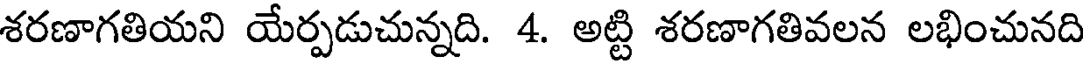
శరణాగతియని యేర్పడుచున్నది. 4. అట్టి శరణాగతివలన లభించునది